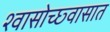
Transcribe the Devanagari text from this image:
श्वासोच्छ्वासात